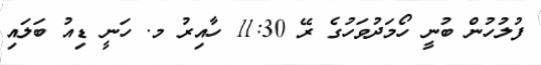
ފުލުހުން ބުނީ ހޯމަދުވަހުގެ ރޭ 11:30 ހާއިރު މ. ހަނީ ޑިއު ބަލައި